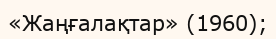
«Жаңғалақтар» (1960);